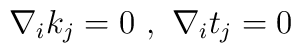
\nabla_{i}k_{j}=0 \,\,,\,\,\nabla_{i}t_{j}=0